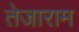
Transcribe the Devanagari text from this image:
तेजाराम